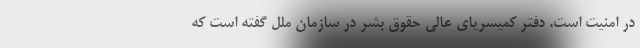
در امنیت است. دفتر کمیسریای عالی حقوق بشر در سازمان ملل گفته است که